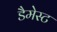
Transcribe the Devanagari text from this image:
डैमेस्ट